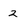
Character: 2